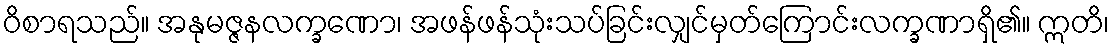
ဝိစာရသည်။ အနုမဇ္ဇနလက္ခဏော၊ အဖန်ဖန်သုံးသပ်ခြင်းလျှင်မှတ်ကြောင်းလက္ခဏာရှိ၏။ ဣတိ၊